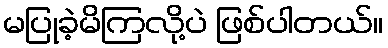
မပြုခဲ့မိကြလို့ပဲ ဖြစ်ပါတယ်။